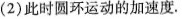
(2)此时圆环运动的加速度.